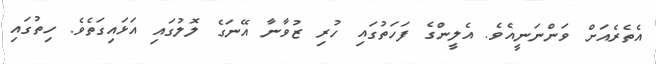
އެތެރެއަށް ވަންނަނީއެވެ. އެލީންގެ ފަހަތުގައި ހުރި ޒުވާނާ އޭނަގެ ލޮލުގައި އަޅައިގަތެވެ. ހިތުގައި